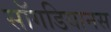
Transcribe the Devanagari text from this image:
सॉगडियानस